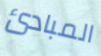
المبادئ